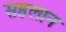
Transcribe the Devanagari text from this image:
सहलान